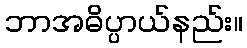
ဘာအဓိပ္ပာယ်နည်း။